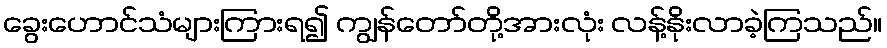
ခွေးဟောင်သံများကြားရ၍ ကျွန်တော်တို့အားလုံး လန့်နိုးလာခဲ့ကြသည်။